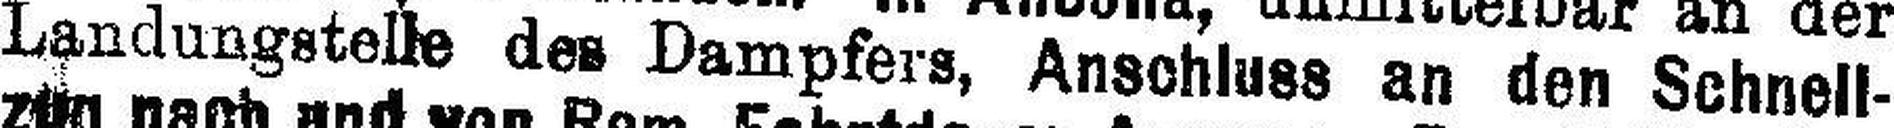
Landungstelle des Dampfers, Anschluss an den Sehnell¬